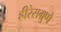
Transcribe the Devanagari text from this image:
हीरेसग्रुप्पे